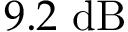
9 . 2 \ \mathrm { d B }